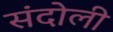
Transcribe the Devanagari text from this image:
संदोली